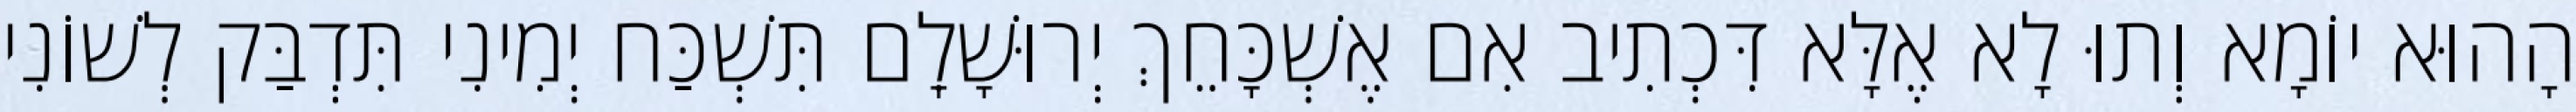
הָהוּא יוֹמָא וְתוּ לָא אֶלָּא דִּכְתִיב אִם אֶשְׁכָּחֵךְ יְרוּשָׁלִָם תִּשְׁכַּח יְמִינִי תִּדְבַּק לְשׁוֹנִי